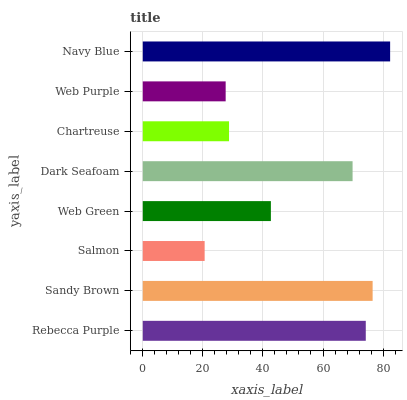
| yaxis_label | bars |
 | --- | --- |
 | Rebecca Purple | 74.2 |
 | Sandy Brown | 76.5 |
 | Salmon | 20.6 |
 | Web Green | 42.6 |
 | Dark Seafoam | 69.8 |
 | Chartreuse | 28.7 |
 | Web Purple | 27.6 |
 | Navy Blue | 82.3 |